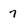
Character: 7